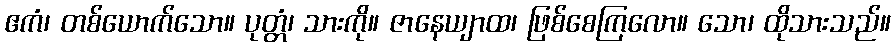
ဧကံ၊ တစ်ယောက်သော။ ပုတ္တံ၊ သားကို။ ဇာနေယျာထ၊ ဖြစ်စေကြလော။ သော၊ ထိုသားသည်။